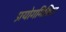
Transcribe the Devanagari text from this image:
प्रयोगमिश्रित